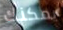
يمكنك